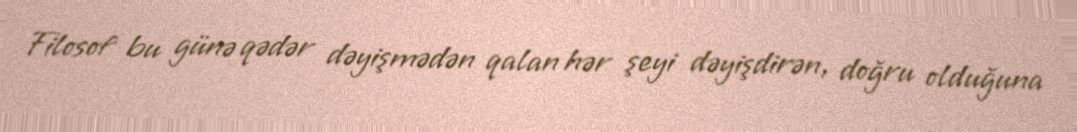
Filosof bu günə qədər dəyişmədən qalan hər şeyi dəyişdirən, doğru olduğuna